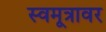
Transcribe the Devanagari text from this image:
स्वमूत्रावर